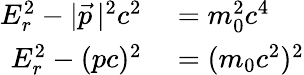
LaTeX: \begin{array}{rl}{E_{r}^{2}-|{\vec{p}}\, |^{2}c^{2}}&{{}=m_{0}^{2}c^{4}}\\ {E_{r}^{2}-(pc)^{2}}&{{}=(m_{0}c^{2})^{2}}\end{array}